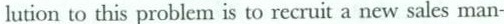
lution to this problem is to recruit a new sales man-